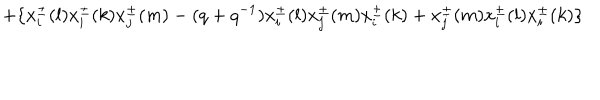
\; + \{ x _ { i } ^ { \pm } ( l ) x _ { i } ^ { \pm } ( k ) x _ { j } ^ { \pm } ( m ) - ( q + q ^ { - 1 } ) x _ { i } ^ { \pm } ( l ) x _ { j } ^ { \pm } ( m ) x _ { i } ^ { \pm } ( k ) + x _ { j } ^ { \pm } ( m ) x _ { i } ^ { \pm } ( l ) x _ { i } ^ { \pm } ( k ) \}